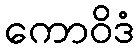
ကောဝိဒံ